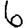
Digit: 6